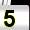
Digit: 5